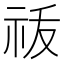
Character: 𬒲